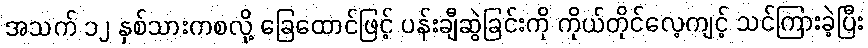
အသက် ၁၂ နှစ်သားကစလို့ ခြေထောင်ဖြင့် ပန်းချီဆွဲခြင်းကို ကိုယ်တိုင်လေ့ကျင့် သင်ကြားခဲ့ပြီး